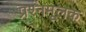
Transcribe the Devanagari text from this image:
प्रश्नमूलक